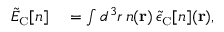
\begin{array} { r l } { \tilde { E } _ { \scriptscriptstyle \mathrm { C } } [ n ] } & { { } = \int d ^ { 3 } r \, n ( { \bf r } ) \, \tilde { \epsilon } _ { \scriptscriptstyle \mathrm { C } } [ n ] ( { \bf r } ) , } \end{array}